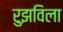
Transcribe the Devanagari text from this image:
रुझविला